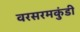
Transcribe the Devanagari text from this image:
वरसरमकुंडी